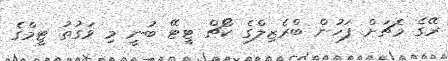
ރޭގެ މެޗަށް ފަހުން ބްރެޒިލްގެ ކޯޗް ޓީޓޭ ބުނީ މި ވަގުތު ޓީމްގެ